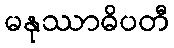
မနုဿာဓိပတီ